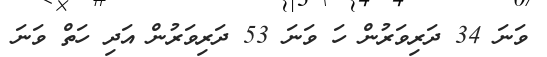
ވަނަ 34 ދަރިވަރުން ހަ ވަނަ 53 ދަރިވަރުން އަދި ހަތް ވަނަ